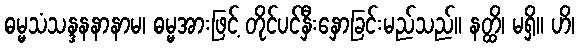
ဓမ္မသံသန္ဒနနာနာမ၊ ဓမ္မအားဖြင့် တိုင်ပင်နှီးနှောခြင်းမည်သည်။ နတ္ထိ၊ မရှိ။ ဟိ၊